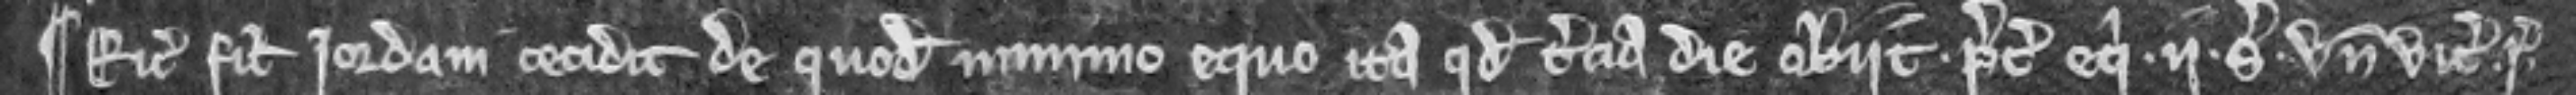
¶ Ricardus filius Jordani cecidit de quodam minimo equo ita quod tercia die obiit. Precium equi .ii. solidi unde vicecomes respondeat.